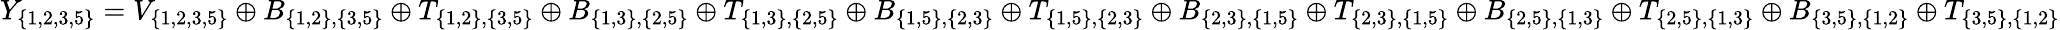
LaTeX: Y_{\{ 1,2,3,5\} }=V_{\{ 1,2,3,5\} }\oplus B_{\{ 1,2\} ,\{ 3,5\} }\oplus T_{\{ 1,2\} ,\{ 3,5\} }\oplus B_{\{ 1,3\} ,\{ 2,5\} }\oplus T_{\{ 1,3\} ,\{ 2,5\} }\oplus B_{\{ 1,5\} ,\{ 2,3\} }\oplus T_{\{ 1,5\} ,\{ 2,3\} }\oplus B_{\{ 2,3\} ,\{ 1,5\} }\oplus T_{\{ 2,3\} ,\{ 1,5\} }\oplus B_{\{ 2,5\} ,\{ 1,3\} }\oplus T_{\{ 2,5\} ,\{ 1,3\} }\oplus B_{\{ 3,5\} ,\{ 1,2\} }\oplus T_{\{ 3,5\} ,\{ 1,2\} }